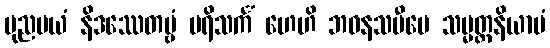
ပုညမယံ နိဒဿေတဗ္ဗံ ပရိသင်္ကံ ဟေဟိ ဘဝနသမီပေ သမ္မတ္တနိယာမံ